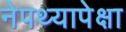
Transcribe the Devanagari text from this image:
नेपथ्यापेक्षा